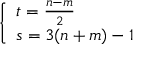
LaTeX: \left\{ \begin{array} { l l } { { t = \frac { n - m } { 2 } } } \\ { { s = 3 ( n + m ) - 1 } } \end{array} \right.